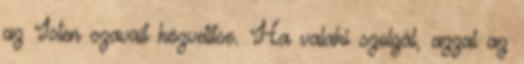
az Isten szavait közvetítse. Ha valaki szolgál, azzal az